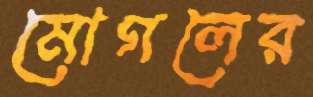
মোগলের